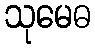
သုမေဓ